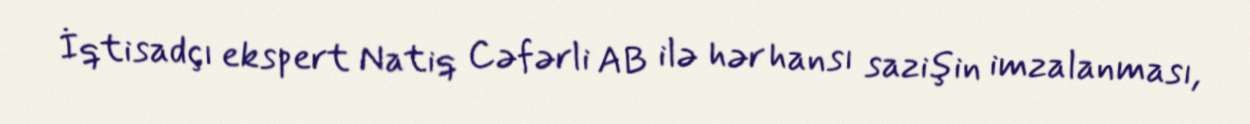
İqtisadçı ekspert Natiq Cəfərli AB ilə hər hansı sazişin imzalanması,